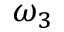
\omega _ { 3 }